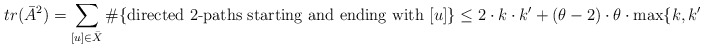
\begin{align*}tr(\bar A^2) = \sum_{[u] \in \bar X} \#\{\mbox{directed 2-paths starting and ending with } [u]\} \leq 2\cdot k\cdot k' + (\theta-2) \cdot \theta \cdot \max\{k,k'\}\end{align*}